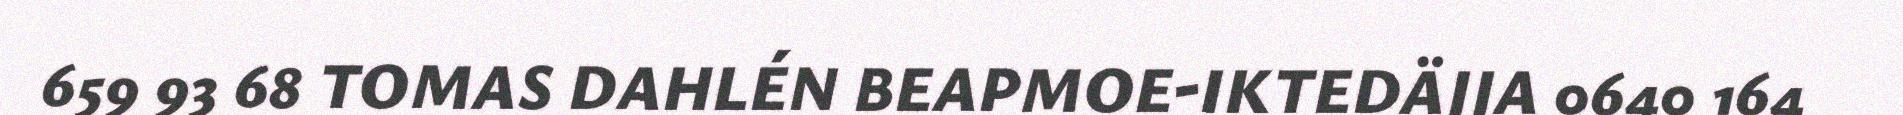
659 93 68 TOMAS DAHLÉN BEAPMOE-IKTEDÄJJA 0640 164